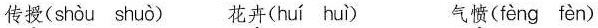
传授( shòu shuò ) 花卉( huí huì ) 气愤( fèng fèn )